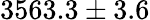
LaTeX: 3563.3\pm 3.6